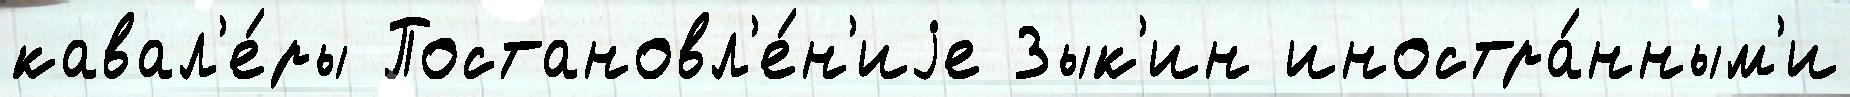
кавал'е́ры Постановл'е́н'иjе Зык'ин иностра́нным'и